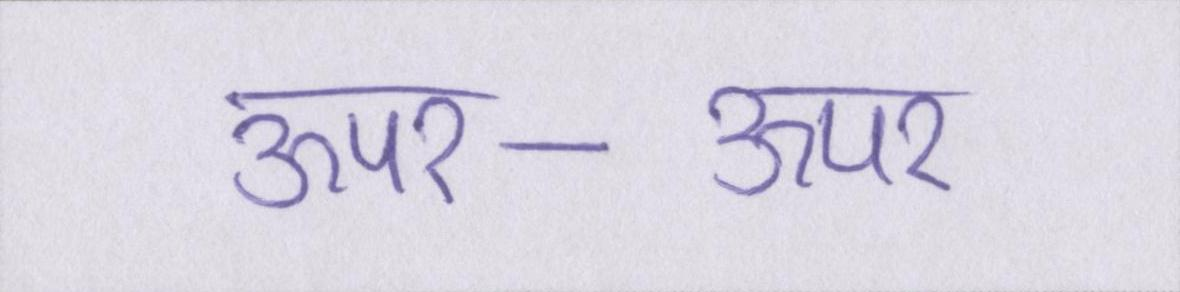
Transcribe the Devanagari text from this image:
ऊपर-ऊपर